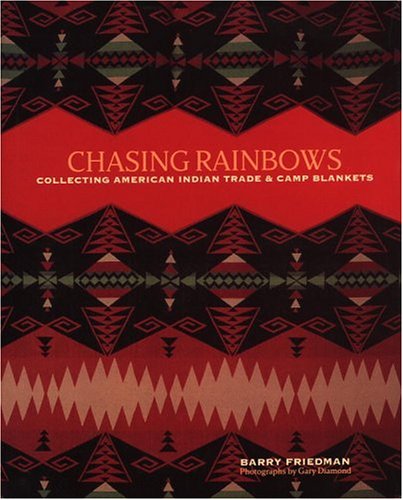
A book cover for Chasing Rainbows: Collecting American Indian Trade & Camp Blankets; Barry Friedman; Crafts, Hobbies & Home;